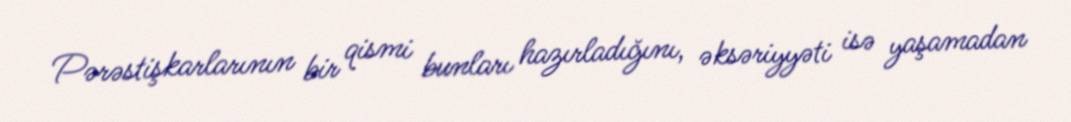
Pərəstişkarlarının bir qismi bunları hazırladığını, əksəriyyəti isə yaşamadan